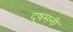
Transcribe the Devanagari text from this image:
दुषमनी